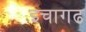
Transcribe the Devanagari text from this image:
इचागढ